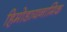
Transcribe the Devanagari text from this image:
हिमोडायनामिक